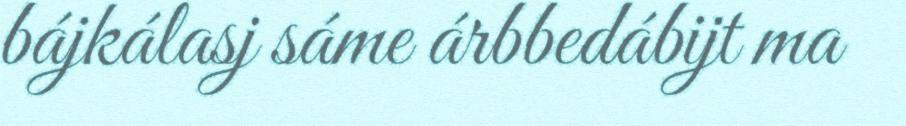
bájkálasj sáme árbbedábijt ma